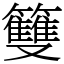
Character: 䉶